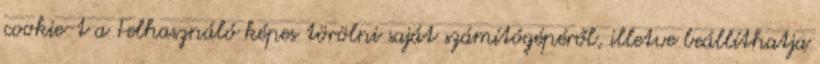
cookie-t a Felhasználó képes törölni saját számítógépéről, illetve beállíthatja